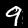
Digit: 9